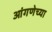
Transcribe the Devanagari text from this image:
आंगणेच्या